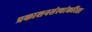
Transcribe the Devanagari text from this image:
प्रकाशनसंस्थांकरिता